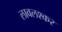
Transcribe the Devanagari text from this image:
लावलश्कर